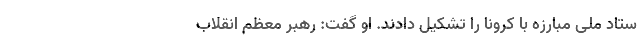
ستاد ملی مبارزه با کرونا را تشکیل دادند. او گفت: رهبر معظم انقلاب